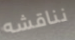
نناقشه